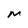
Character: M